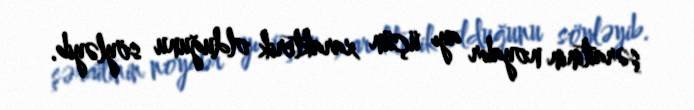
şəraitinin noyabr ayı üçün xarakterik olduğunu söyləyib.